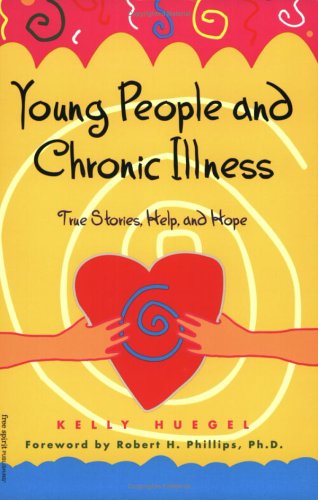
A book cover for Young People and Chronic Illness; Kelly Huegel; Teen & Young Adult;